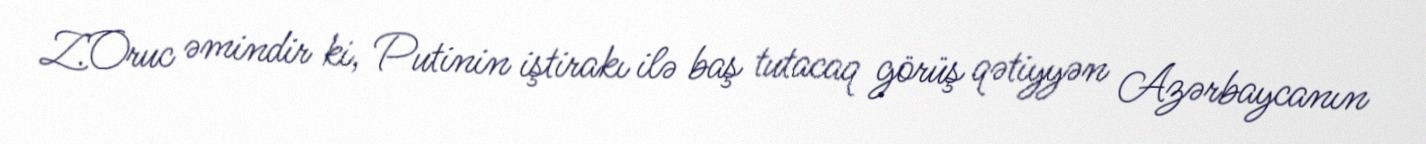
Z.Oruc əmindir ki, Putinin iştirakı ilə baş tutacaq görüş qətiyyən Azərbaycanın